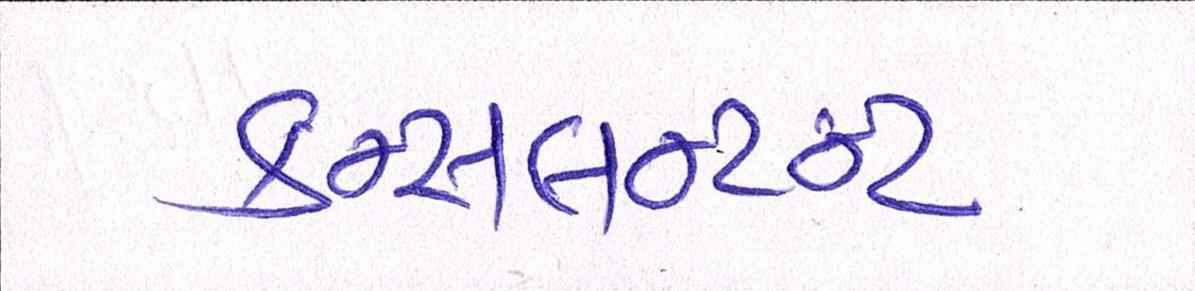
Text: કન્સલન્ટન્ટ